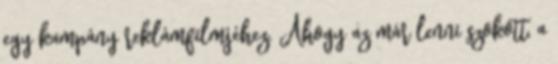
egy kampány reklámfilmjéhez. Ahogy az már lenni szokott, a